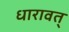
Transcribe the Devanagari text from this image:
धारावत्‌